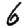
Digit: 6